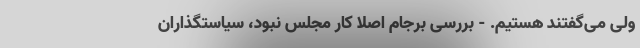
ولی می‌گفتند هستیم. - بررسی برجام اصلا کار مجلس نبود، سیاستگذاران